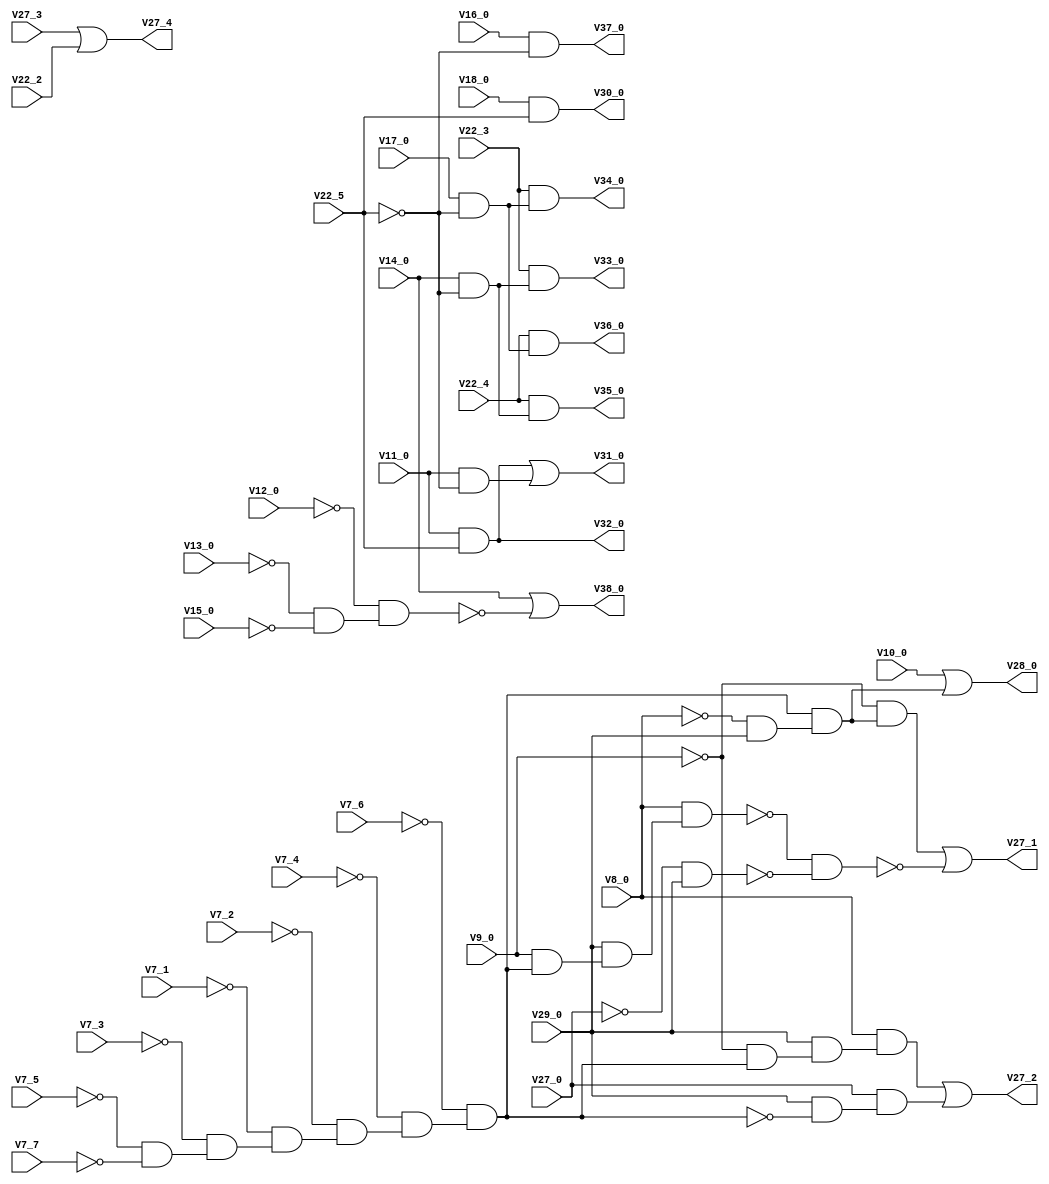
module i1 ( 
    V27_0, V7_1, V7_2, V7_3, V7_4, V7_5, V7_6, V7_7, V8_0, V9_0, V10_0,
    V11_0, V12_0, V13_0, V14_0, V15_0, V16_0, V17_0, V18_0, V29_0, V27_3,
    V22_2, V22_3, V22_4, V22_5,
    V27_1, V27_2, V27_4, V28_0, V30_0, V31_0, V32_0, V33_0, V34_0, V35_0,
    V36_0, V37_0, V38_0  );
  input  V27_0, V7_1, V7_2, V7_3, V7_4, V7_5, V7_6, V7_7, V8_0, V9_0,
    V10_0, V11_0, V12_0, V13_0, V14_0, V15_0, V16_0, V17_0, V18_0, V29_0,
    V27_3, V22_2, V22_3, V22_4, V22_5;
  output V27_1, V27_2, V27_4, V28_0, V30_0, V31_0, V32_0, V33_0, V34_0, V35_0,
    V36_0, V37_0, V38_0;
  wire new_n42_, new_n43_, new_n44_, new_n45_, new_n46_, new_n47_, new_n48_,
    new_n49_, new_n50_, new_n51_, new_n52_, new_n53_, new_n54_, new_n55_,
    new_n57_, new_n58_, new_n59_, new_n60_, new_n61_, new_n67_, new_n69_,
    new_n71_, new_n76_, new_n77_;
  assign new_n42_ = ~V7_5 & ~V7_7;
  assign new_n43_ = ~V7_3 & new_n42_;
  assign new_n44_ = ~V7_1 & new_n43_;
  assign new_n45_ = ~V7_2 & new_n44_;
  assign new_n46_ = ~V7_4 & new_n45_;
  assign new_n47_ = ~V7_6 & new_n46_;
  assign new_n48_ = V9_0 & new_n47_;
  assign new_n49_ = V29_0 & new_n48_;
  assign new_n50_ = V8_0 & new_n49_;
  assign new_n51_ = ~V27_0 & V29_0;
  assign new_n52_ = ~V8_0 & V29_0;
  assign new_n53_ = new_n47_ & new_n52_;
  assign new_n54_ = ~V9_0 & new_n53_;
  assign new_n55_ = ~new_n50_ & ~new_n51_;
  assign V27_1 = new_n54_ | ~new_n55_;
  assign new_n57_ = ~V9_0 & new_n47_;
  assign new_n58_ = V29_0 & new_n57_;
  assign new_n59_ = V8_0 & new_n58_;
  assign new_n60_ = V29_0 & ~new_n47_;
  assign new_n61_ = V27_0 & new_n60_;
  assign V27_2 = new_n59_ | new_n61_;
  assign V27_4 = V27_3 | V22_2;
  assign V28_0 = V10_0 | new_n53_;
  assign V30_0 = V18_0 & V22_5;
  assign V32_0 = V11_0 & V22_5;
  assign new_n67_ = V11_0 & ~V22_5;
  assign V31_0 = V32_0 | new_n67_;
  assign new_n69_ = V14_0 & ~V22_5;
  assign V33_0 = V22_3 & new_n69_;
  assign new_n71_ = V17_0 & ~V22_5;
  assign V34_0 = V22_3 & new_n71_;
  assign V35_0 = V22_4 & new_n69_;
  assign V36_0 = V22_4 & new_n71_;
  assign V37_0 = V16_0 & ~V22_5;
  assign new_n76_ = ~V13_0 & ~V15_0;
  assign new_n77_ = ~V12_0 & new_n76_;
  assign V38_0 = V14_0 | ~new_n77_;
endmodule